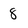
Character: 8